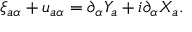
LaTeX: \xi _ { a \alpha } + u _ { a \alpha } = \partial _ { \alpha } Y _ { a } + i \partial _ { \alpha } X _ { a } .